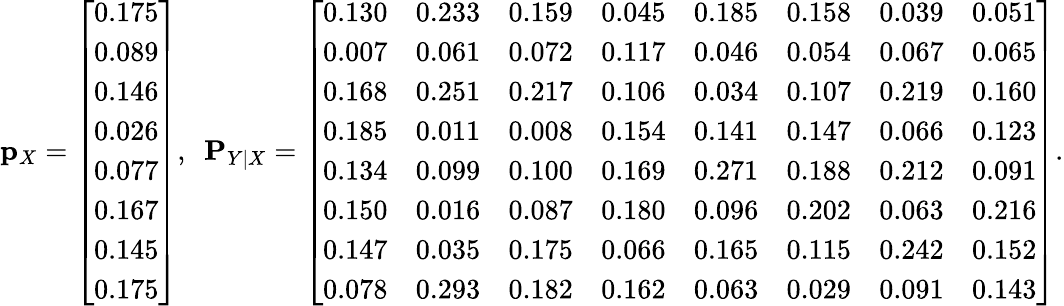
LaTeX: \mathbf{p}_{X}=\left[\begin{array}{l}{0.175}\\ {0.089}\\ {0.146}\\ {0.026}\\ {0.077}\\ {0.167}\\ {0.145}\\ {0.175}\end{array}\right],\ \ \mathbf{P}_{Y|X}=\left[\begin{array}{llllllll}{0.130}&{0.233}&{0.159}&{0.045}&{0.185}&{0.158}&{0.039}&{0.051}\\ {0.007}&{0.061}&{0.072}&{0.117}&{0.046}&{0.054}&{0.067}&{0.065}\\ {0.168}&{0.251}&{0.217}&{0.106}&{0.034}&{0.107}&{0.219}&{0.160}\\ {0.185}&{0.011}&{0.008}&{0.154}&{0.141}&{0.147}&{0.066}&{0.123}\\ {0.134}&{0.099}&{0.100}&{0.169}&{0.271}&{0.188}&{0.212}&{0.091}\\ {0.150}&{0.016}&{0.087}&{0.180}&{0.096}&{0.202}&{0.063}&{0.216}\\ {0.147}&{0.035}&{0.175}&{0.066}&{0.165}&{0.115}&{0.242}&{0.152}\\ {0.078}&{0.293}&{0.182}&{0.162}&{0.063}&{0.029}&{0.091}&{0.143}\end{array}\right].